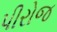
પીરોજ